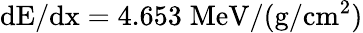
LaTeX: \mathrm{{dE/dx}=4.653\; \mathrm{MeV/(g/cm^{2})}}